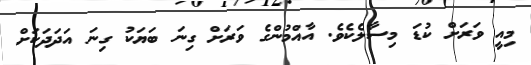
މިއީ ވަރަށް ކުޑަ މިސާލެކެވެ. އާއްމުންގެ ވަރަށް ގިނަ ބަޔަކު ގިނަ އަދަދަކަށް